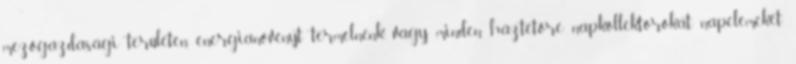
mezőgazdasági területen energianövényt termelnénk, vagy minden háztetőre napkollektorokat, napelemeket